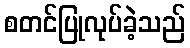
စတင်ပြုလုပ်ခဲ့သည်